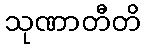
သုဏာတီတိ